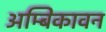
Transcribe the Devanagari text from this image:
अम्बिकावन